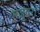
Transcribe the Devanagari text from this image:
मजूदरों